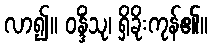
လာ၍။ ဝန္ဒိံသု၊ ရှိခိုးကုန်၏။